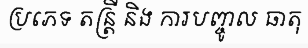
ប្រភេទ តន្ត្រី និង ការបញ្ចូល ធាតុ